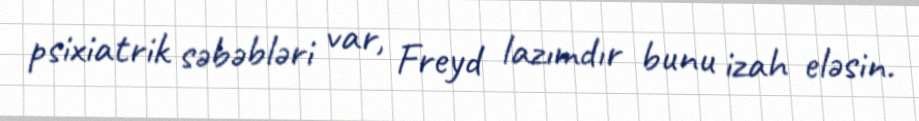
psixiatrik səbəbləri var, Freyd lazımdır bunu izah eləsin.